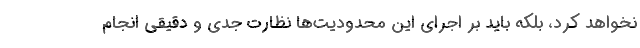
نخواهد کرد، بلکه باید بر اجرای این محدودیت‌ها نظارت جدی و دقیقی انجام